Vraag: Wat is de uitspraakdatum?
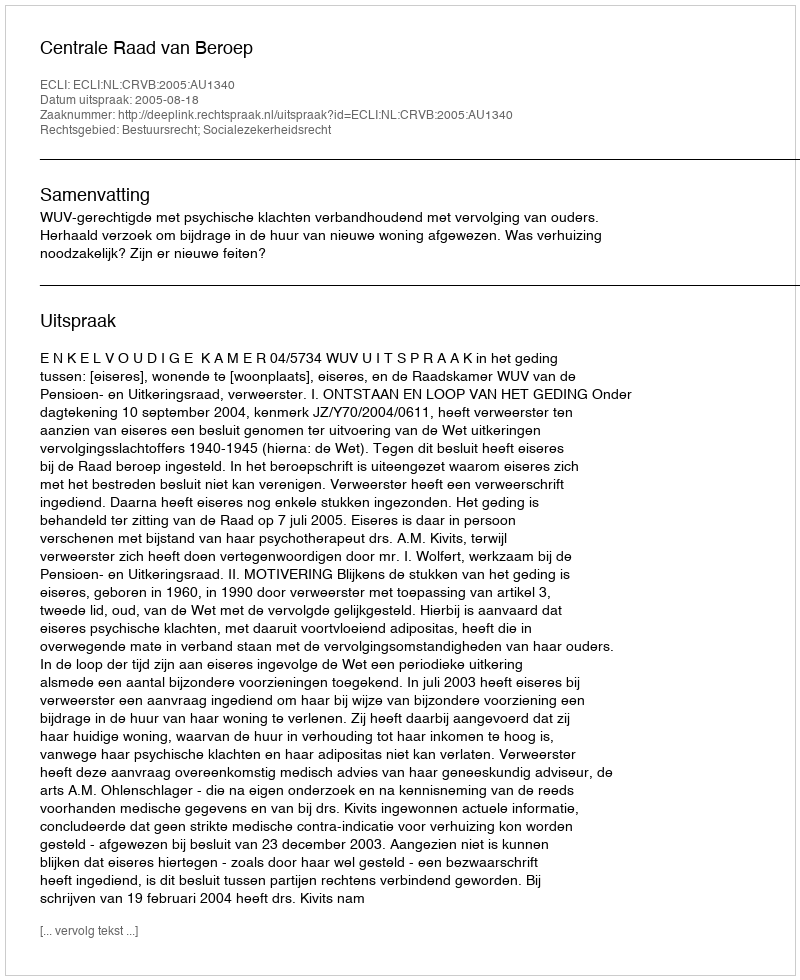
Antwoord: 2005-08-18